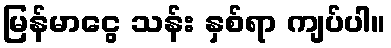
မြန်မာငွေ သန်း နှစ်ရာ ကျပ်ပါ။